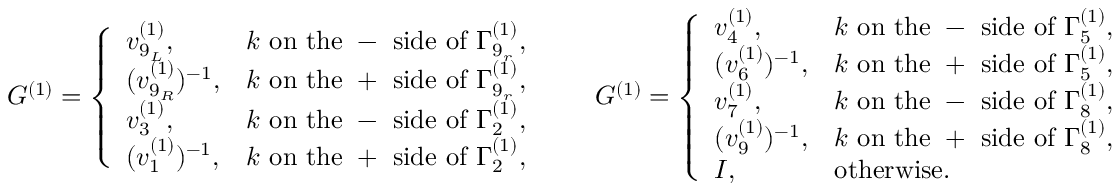
\begin{array} { r l r l } & { G ^ { ( 1 ) } = \left\{ \begin{array} { l l } { v _ { 9 _ { L } } ^ { ( 1 ) } , } & { k \mathrm { ~ o n ~ t h e ~ - ~ s i d e ~ o f ~ } \Gamma _ { 9 _ { r } } ^ { ( 1 ) } , } \\ { ( v _ { 9 _ { R } } ^ { ( 1 ) } ) ^ { - 1 } , } & { k \mathrm { ~ o n ~ t h e ~ + ~ s i d e ~ o f ~ } \Gamma _ { 9 _ { r } } ^ { ( 1 ) } , } \\ { v _ { 3 } ^ { ( 1 ) } , } & { k \mathrm { ~ o n ~ t h e ~ - ~ s i d e ~ o f ~ } \Gamma _ { 2 } ^ { ( 1 ) } , } \\ { ( v _ { 1 } ^ { ( 1 ) } ) ^ { - 1 } , } & { k \mathrm { ~ o n ~ t h e ~ + ~ s i d e ~ o f ~ } \Gamma _ { 2 } ^ { ( 1 ) } , } \end{array} \right. } & & { G ^ { ( 1 ) } = \left\{ \begin{array} { l l } { v _ { 4 } ^ { ( 1 ) } , } & { k \mathrm { ~ o n ~ t h e ~ - ~ s i d e ~ o f ~ } \Gamma _ { 5 } ^ { ( 1 ) } , } \\ { ( v _ { 6 } ^ { ( 1 ) } ) ^ { - 1 } , } & { k \mathrm { ~ o n ~ t h e ~ + ~ s i d e ~ o f ~ } \Gamma _ { 5 } ^ { ( 1 ) } , } \\ { v _ { 7 } ^ { ( 1 ) } , } & { k \mathrm { ~ o n ~ t h e ~ - ~ s i d e ~ o f ~ } \Gamma _ { 8 } ^ { ( 1 ) } , } \\ { ( v _ { 9 } ^ { ( 1 ) } ) ^ { - 1 } , } & { k \mathrm { ~ o n ~ t h e ~ + ~ s i d e ~ o f ~ } \Gamma _ { 8 } ^ { ( 1 ) } , } \\ { I , } & { \mathrm { o t h e r w i s e } . } \end{array} \right. } \end{array}